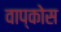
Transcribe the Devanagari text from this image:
वाप्कोस